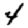
Digit: 4